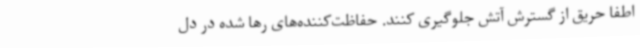
اطفا حریق از گسترش آتش جلوگیری کنند. حفاظت‌کننده‌های رها شده در دل